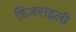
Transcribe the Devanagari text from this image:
डिजराइली